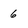
Character: 6